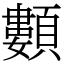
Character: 䫫